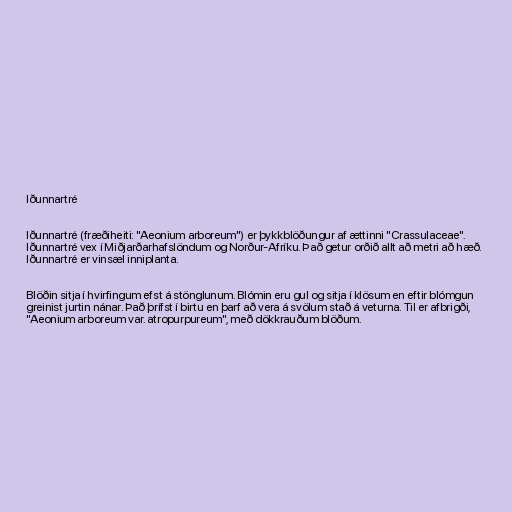
Iðunnartré

Iðunnartré (fræðiheiti: "Aeonium arboreum") er þykkblöðungur af ættinni "Crassulaceae".
Iðunnartré vex í Miðjarðarhafslöndum og Norður-Afríku. Það getur orðið allt að metri að hæð.
Iðunnartré er vinsæl inniplanta.

Blöðin sitja í hvirfingum efst á stönglunum. Blómin eru gul og sitja í klösum en eftir blómgun
greinist jurtin nánar. Það þrífst í birtu en þarf að vera á svölum stað á veturna. Til er afbrigði,
"Aeonium arboreum var. atropurpureum", með dökkrauðum blöðum.